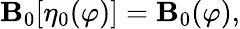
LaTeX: \mathbf{B}_{0}[\eta_{0}(\varphi)]=\mathbf{B}_{0}(\varphi),